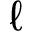
\ell